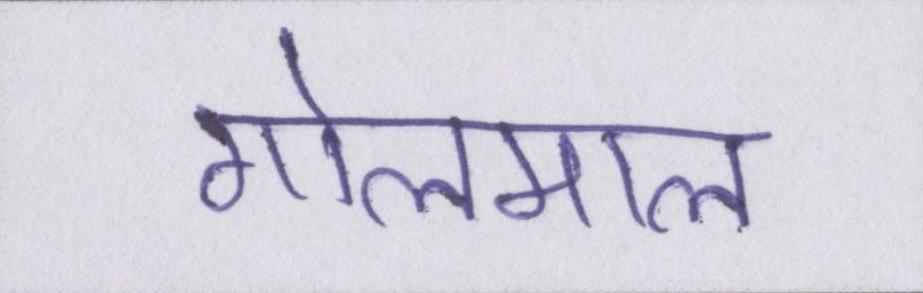
गोलमाल